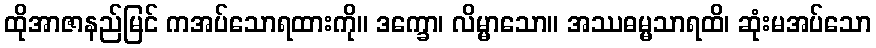
ထိုအာဇာနည်မြင် ကအပ်သောရထားကို။ ဒက္ခော၊ လိမ္မာသော။ အဿဓမ္မသာရထိ၊ ဆုံးမအပ်သော